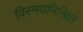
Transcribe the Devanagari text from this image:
विस्मयमिश्रित